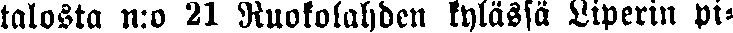
talosta n:o 21 Ruokolahden kylässä Liperin pi-